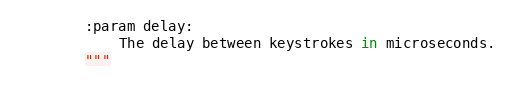
Language: Python
        :param delay:
            The delay between keystrokes in microseconds.
        """